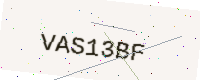
Text: VAS13BF